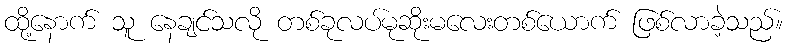
ထို့နောက် သူ နေချင်သလို တစ်ခုလပ်မုဆိုးမလေးတစ်ယောက် ဖြစ်လာခဲ့သည်။